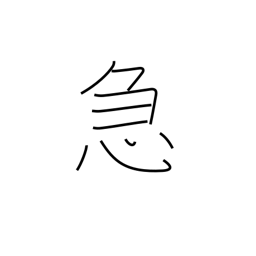
Meaning: emergency